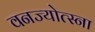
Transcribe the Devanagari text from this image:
वनज्योत्स्ना